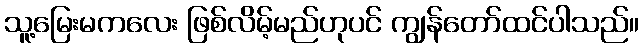
သူ့မြေးမကလေး ဖြစ်လိမ့်မည်ဟုပင် ကျွန်တော်ထင်ပါသည်။